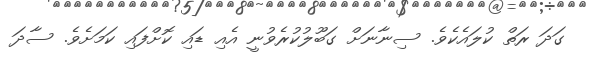
ގަދަ ރަތް ކުލައެކެވެ. ސިނާނަށް ގަބޫލުކުރެވުނީ އެއި ޑައި ކޮށްފައި ކަމަށެވެ. ސާދަ